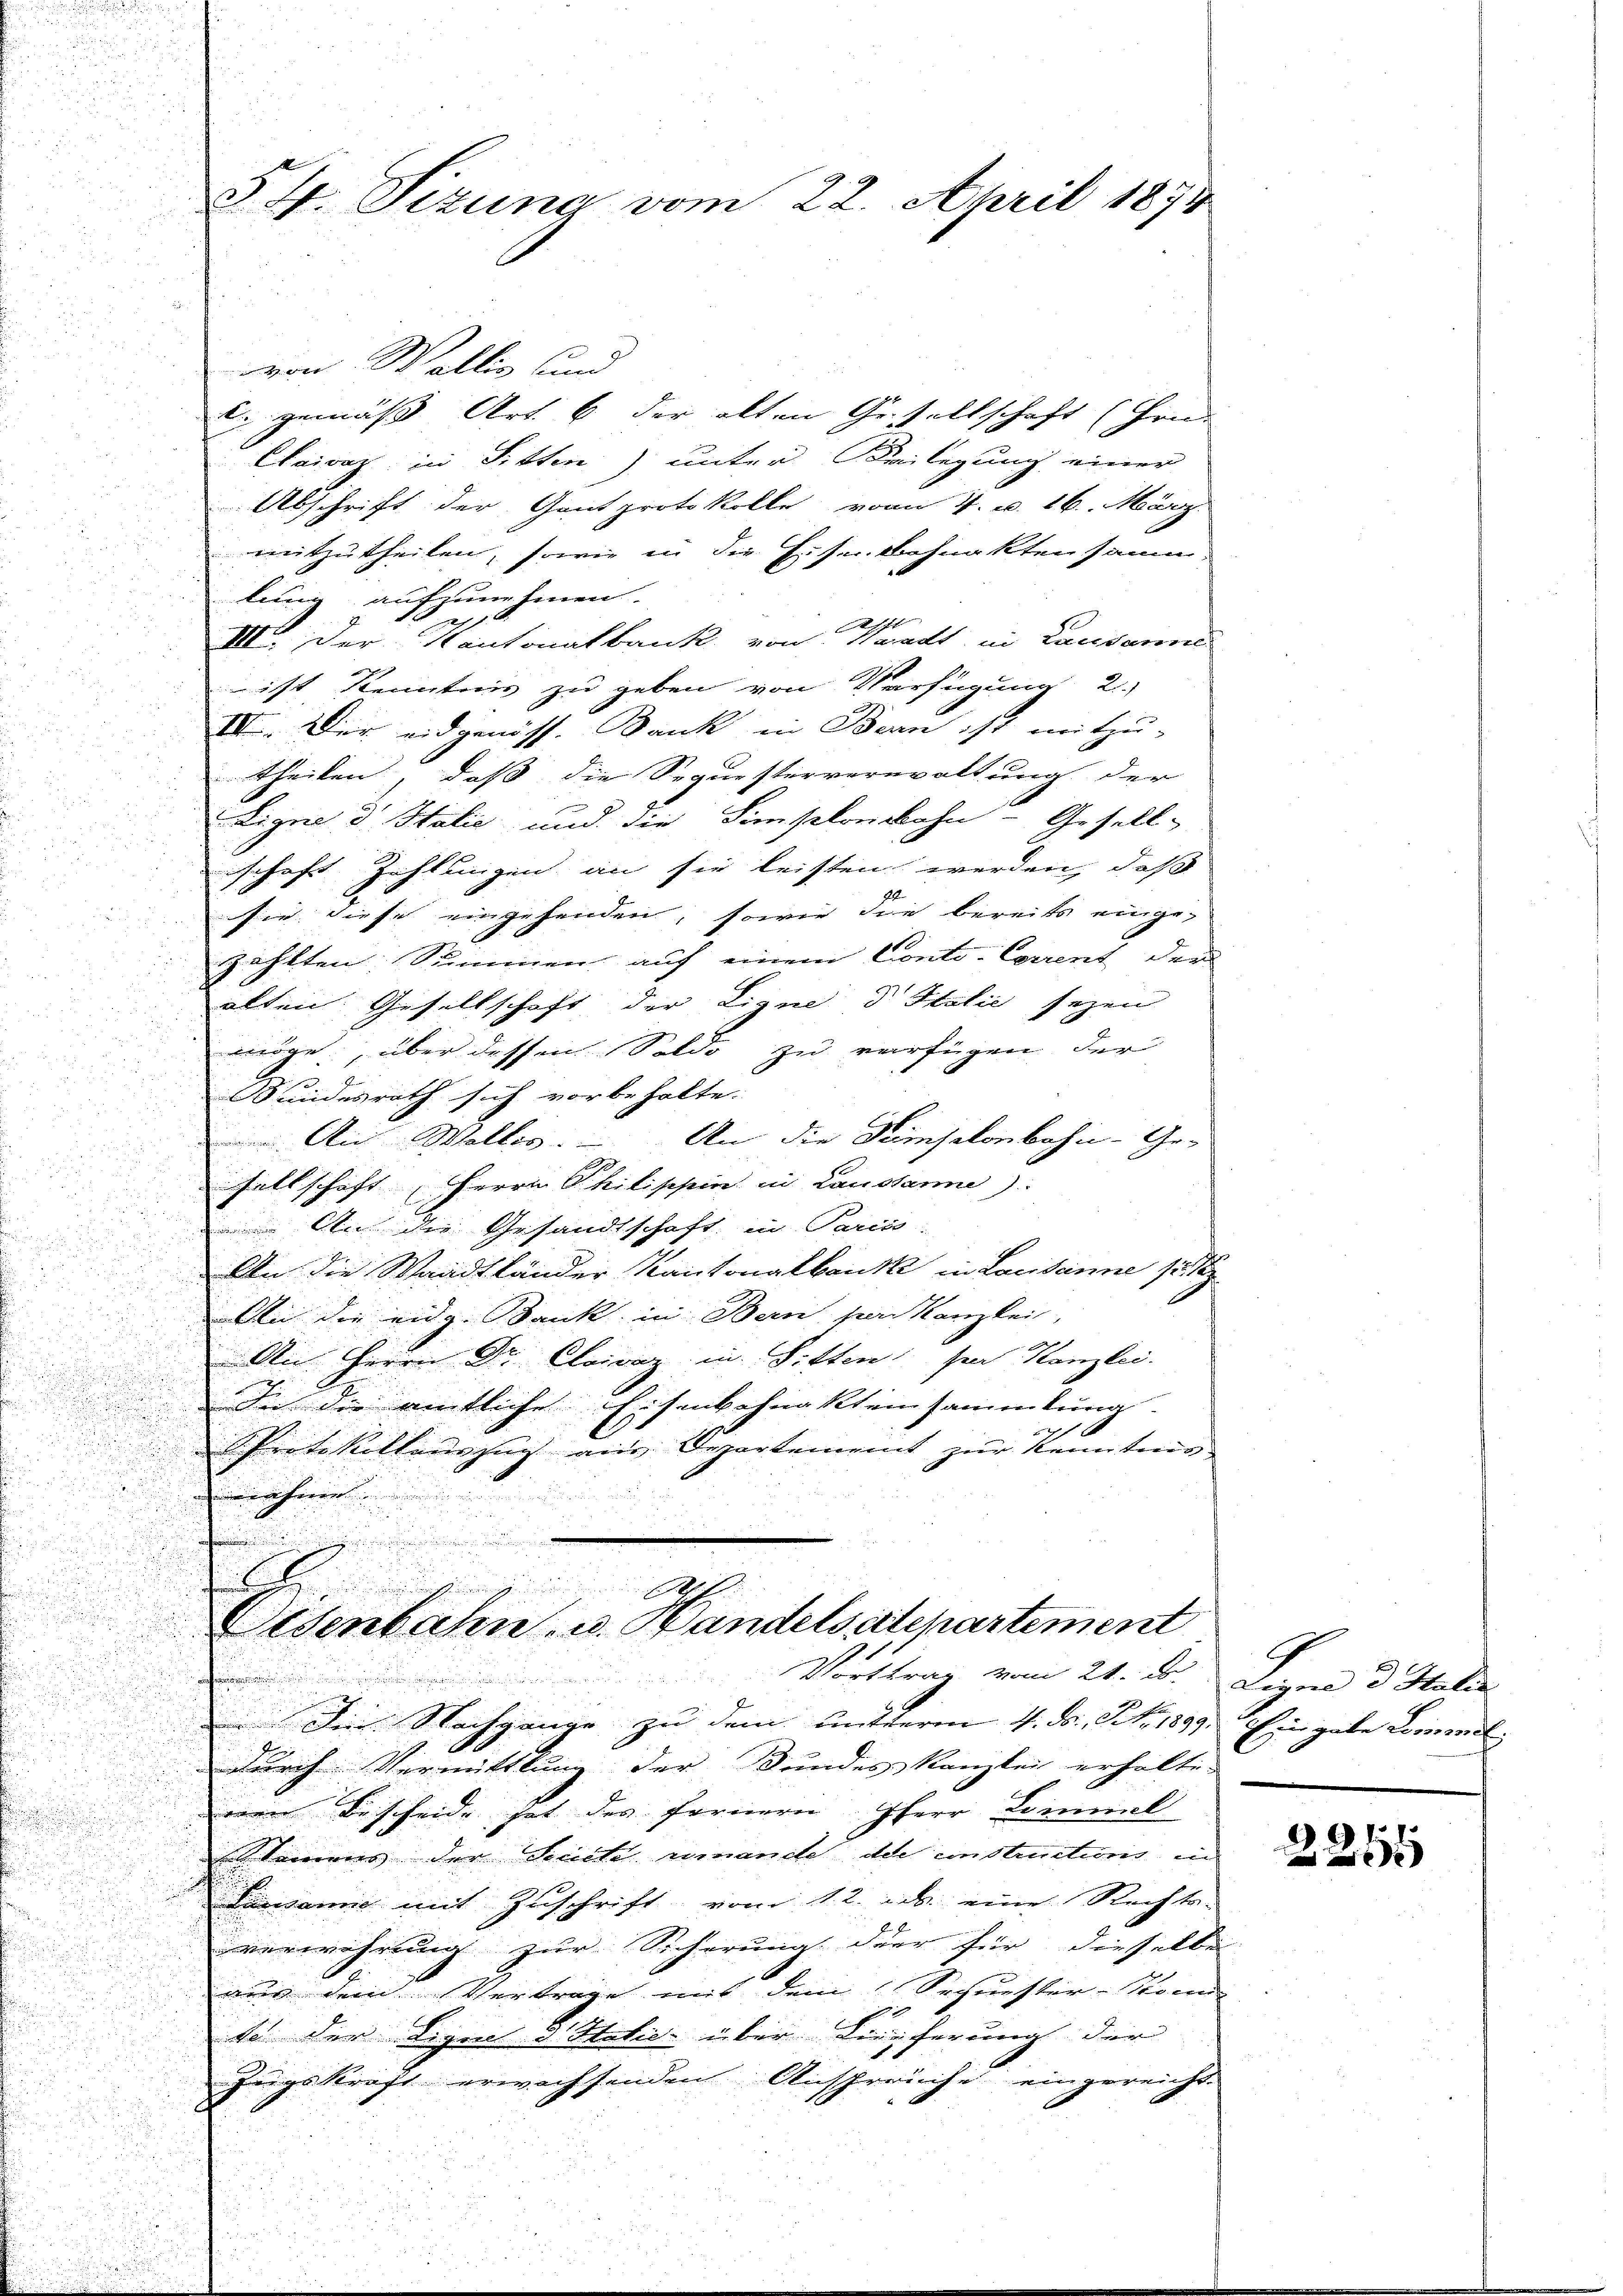
i

§ 4. Sizung vom 22. April 1874

C. gemäss Art. 6 der alten Gesellschaft (Grun
Cairaz in Sitten) unter Keilegung einer
Abschrift der Gantprotokolle von 4. u. 26. März.
mitzutheilen, sowie in die Eisenbahnakten saum,
lung aufzunehmen.
x
III. Der Kantonalbank von Waadt in Lausanne
ist Kenntnis zu geben von Verfügung 2
III. Der eidgenöss. Bank in Bern ist mitzu-
theilen, dass die Sequesterverwaltung der
Eigne d. Stalić und die Simplonwohn- Gesell-
schaft Zahlungen an sie leisten werden, daß
sie diese eingehenden, sowie die bereits einge-
zählten Summen auf einem Conto-Corrent der
alten Gesellschaft der Ligne d Italić sezen
möge, über dessen Soldo zu verfügen der
Bundesrath sich vorbehalte.
i
u
. Ain Wallis. – An die Demselonbahn-Ge-
n
u
sellschaft (Herrn Philippin in Lausanne)

 An die Gesandtschaft in Paris-

An die Waadtländer Kantonalbanke in Lausanne 15. S

An die eidg. Bank in Bern von Kanzlei,
An Herrn Dr. Claivar in Sitten sei Kanzlei.
e
In die amtliche Eisenbahnakteinsammlung.
4
u
Protokollenszug aus Departement zur Kenntnis
u
d
e
äheren
.

.
i
d

0

Eisenbahn u. Handelsatchartement
Vorttrag vom 21. D
.
g
Der Nachgange zu dem mutterm 4. ds., No. 1899. Eingabe Losimil
durch Vermittlung der Bundes Kanzlei erhälti-
eien Bescheide hat des fernern Iherr Leimil
Steinens der Büche umanche die instations, in
Lussanie mit Zuschrift vom 12. ds. eine Rechts-
verwehrung zur Sicherung der für dieselbe
aus dem Vertrage mit dem Sechnister-Stoc
so der Ligen d Helić über Lieferung der |
Zugskraft erwachsenden Anspruche eingereicht.

von Wallis und

Legere u Salis

d
2254